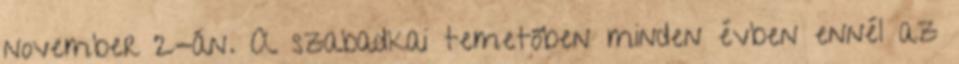
november 2-án. A szabadkai temetőben minden évben ennél az